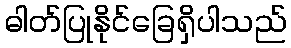
ဓါတ်ပြုနိုင်ခြေရှိပါသည်